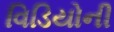
વિડિયોની